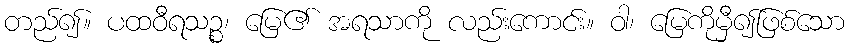
တည်၍။ ပထဝီရသဉ္စ၊ မြေ၏ အရသာကို လည်းကောင်း။ ဝါ၊ မြေကိုမှီ၍ဖြစ်သော